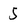
Character: 5